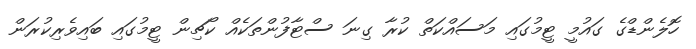
ހޮލެންޑްގެ ގައުމީ ޓީމުގައި މަސައްކަތް ކުރާ ގިނަ ސްޓާފުންތަކެއް ކޯޗިން ޓީމުގައި ބައިވެރިކުރަން